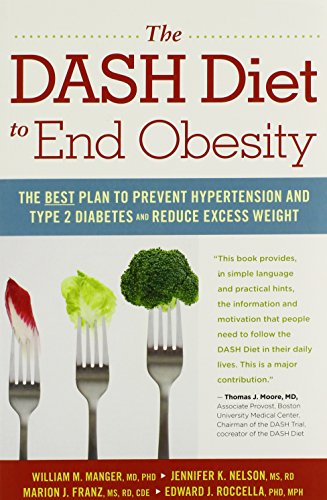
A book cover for The DASH Diet to End Obesity: The Best Plan to Prevent Hypertension and Type-2 Diabetes and Reduce Excess Weight; William  M. Manger; Health, Fitness & Dieting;